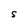
Character: S